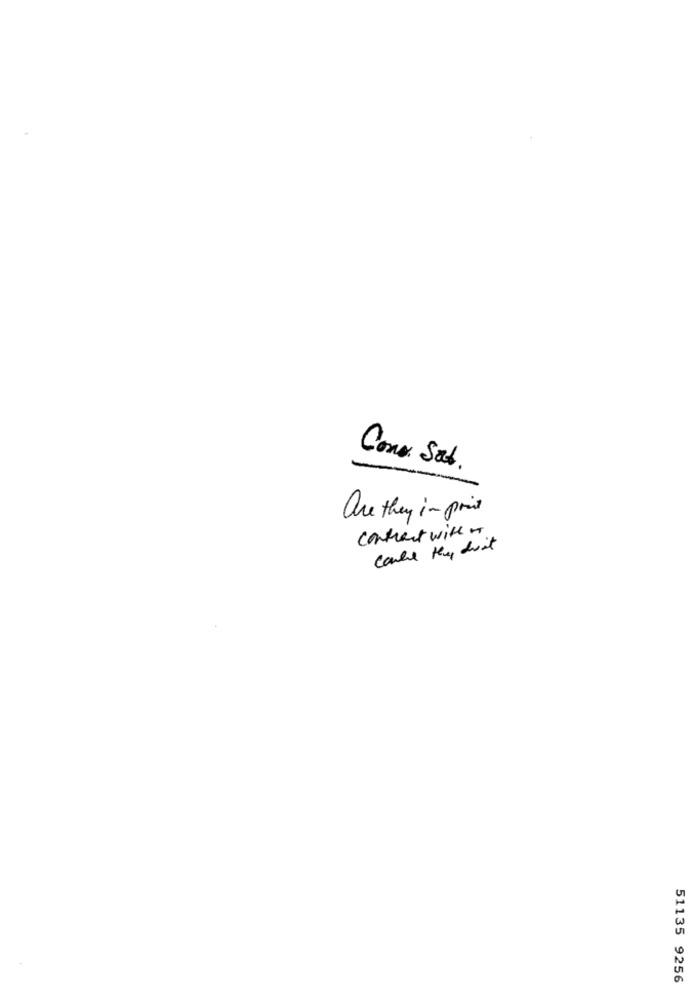
Como. Sat
are they in point
contract with IT
51135 9256